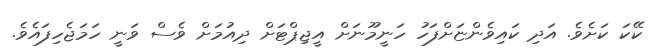
ކޭކަ ކަށެވެ. އަދި ކައިވެންޏަށްފަހު ހަނީމޫނަށް އީޖިޕްޓަށް ދިއުމަށް ވެސް ވަނީ ހަމަޖެހިފައެވެ.